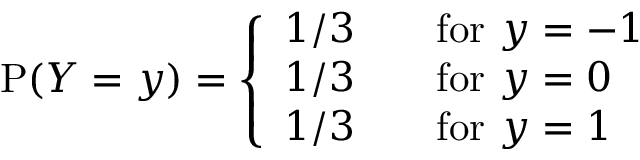
\operatorname { P } ( Y = y ) = { \left\{ \begin{array} { l l } { 1 / 3 } & { \quad { \mathrm { f o r ~ } } y = - 1 } \\ { 1 / 3 } & { \quad { \mathrm { f o r ~ } } y = 0 } \\ { 1 / 3 } & { \quad { \mathrm { f o r ~ } } y = 1 } \end{array} \right. }